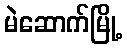
မဲဆောက်မြို့